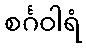
စင်္ဂဝါရံ